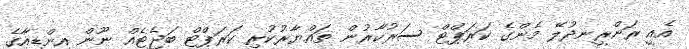
އެއީ ރަންރީނދުލޭ މެންގެ ކަރަޕްޓް ސަރުކާރުން ތައްޔާރުކުރި ކަރަޕްޓް ބަޖެޓެއް ނޫން އިންޑިއާގެ